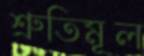
শ্রুতিমূল